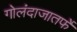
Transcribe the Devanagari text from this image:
गोलंदाजातर्फे